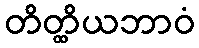
တိတ္ထိယဘာဝံ